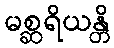
မစ္ဆရိယန္တိ